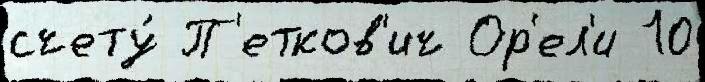
счету́ П'етков'ич Ор'ел'и 10